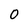
Character: 0